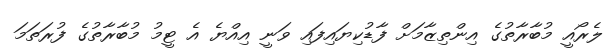
ލެރޯއީ މުބާރާތުގެ އިންތިޒާމަށް ފާޑުކިޔައިފައި ވަނީ އިއްޔެ އެ ޓީމު މުބާރާތުގެ ފުރަތަމަ